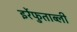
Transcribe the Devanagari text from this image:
इर्रेफुताब्ली